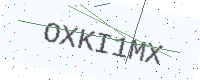
Text: OXKI1MX